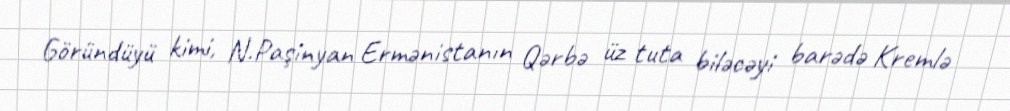
Göründüyü kimi, N.Paşinyan Ermənistanın Qərbə üz tuta biləcəyi barədə Kremlə